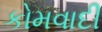
કોમવાદી